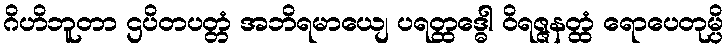
ဂိဟိဘူတာ ဌပိတပတ္တံ အဘိရမာယျေ ပရတ္ထဒ္ဓေါ ဝိရဇ္ဇနတ္ထံ ရောပေတုမ္ပိ